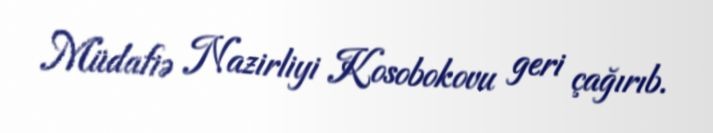
Müdafiə Nazirliyi Kosobokovu geri çağırıb.